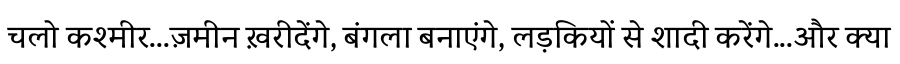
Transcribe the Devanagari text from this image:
चलो कश्मीर...ज़मीन ख़रीदेंगे, बंगला बनाएंगे, लड़कियों से शादी करेंगे...और क्या